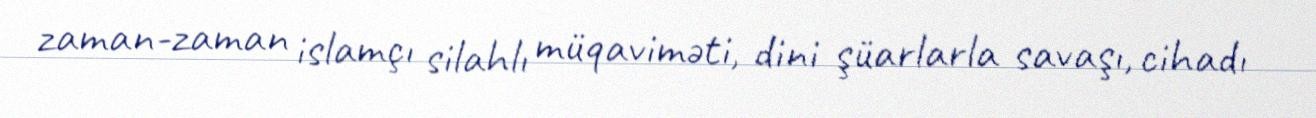
zaman-zaman islamçı silahlı müqaviməti, dini şüarlarla savaşı, cihadı